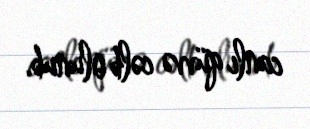
canlı qüvvə cəlb olunub.